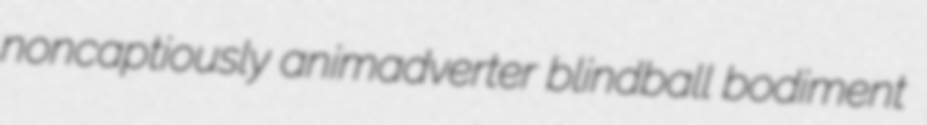
noncaptiously animadverter blindball bodiment